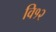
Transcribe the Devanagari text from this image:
वि१२